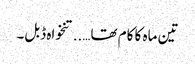
تین ماہ کا کام تھا…..تنخواہ ڈبل۔